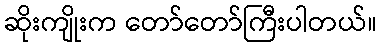
ဆိုးကျိုးက တော်တော်ကြီးပါတယ်။